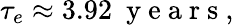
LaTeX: \tau_{e}\approx 3.92~\mathrm{~y~e~a~r~s~},